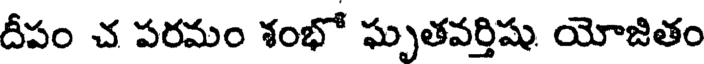
దీపం చ పరమం శంభో ఘృతవర్తిషు యోజితం